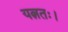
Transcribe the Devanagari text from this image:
यत्नतः।